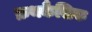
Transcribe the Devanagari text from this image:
क्रथकैशिक